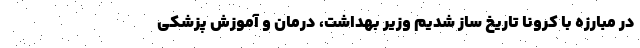
در مبارزه با کرونا تاریخ ساز شدیم وزیر بهداشت، درمان و آموزش پزشکی